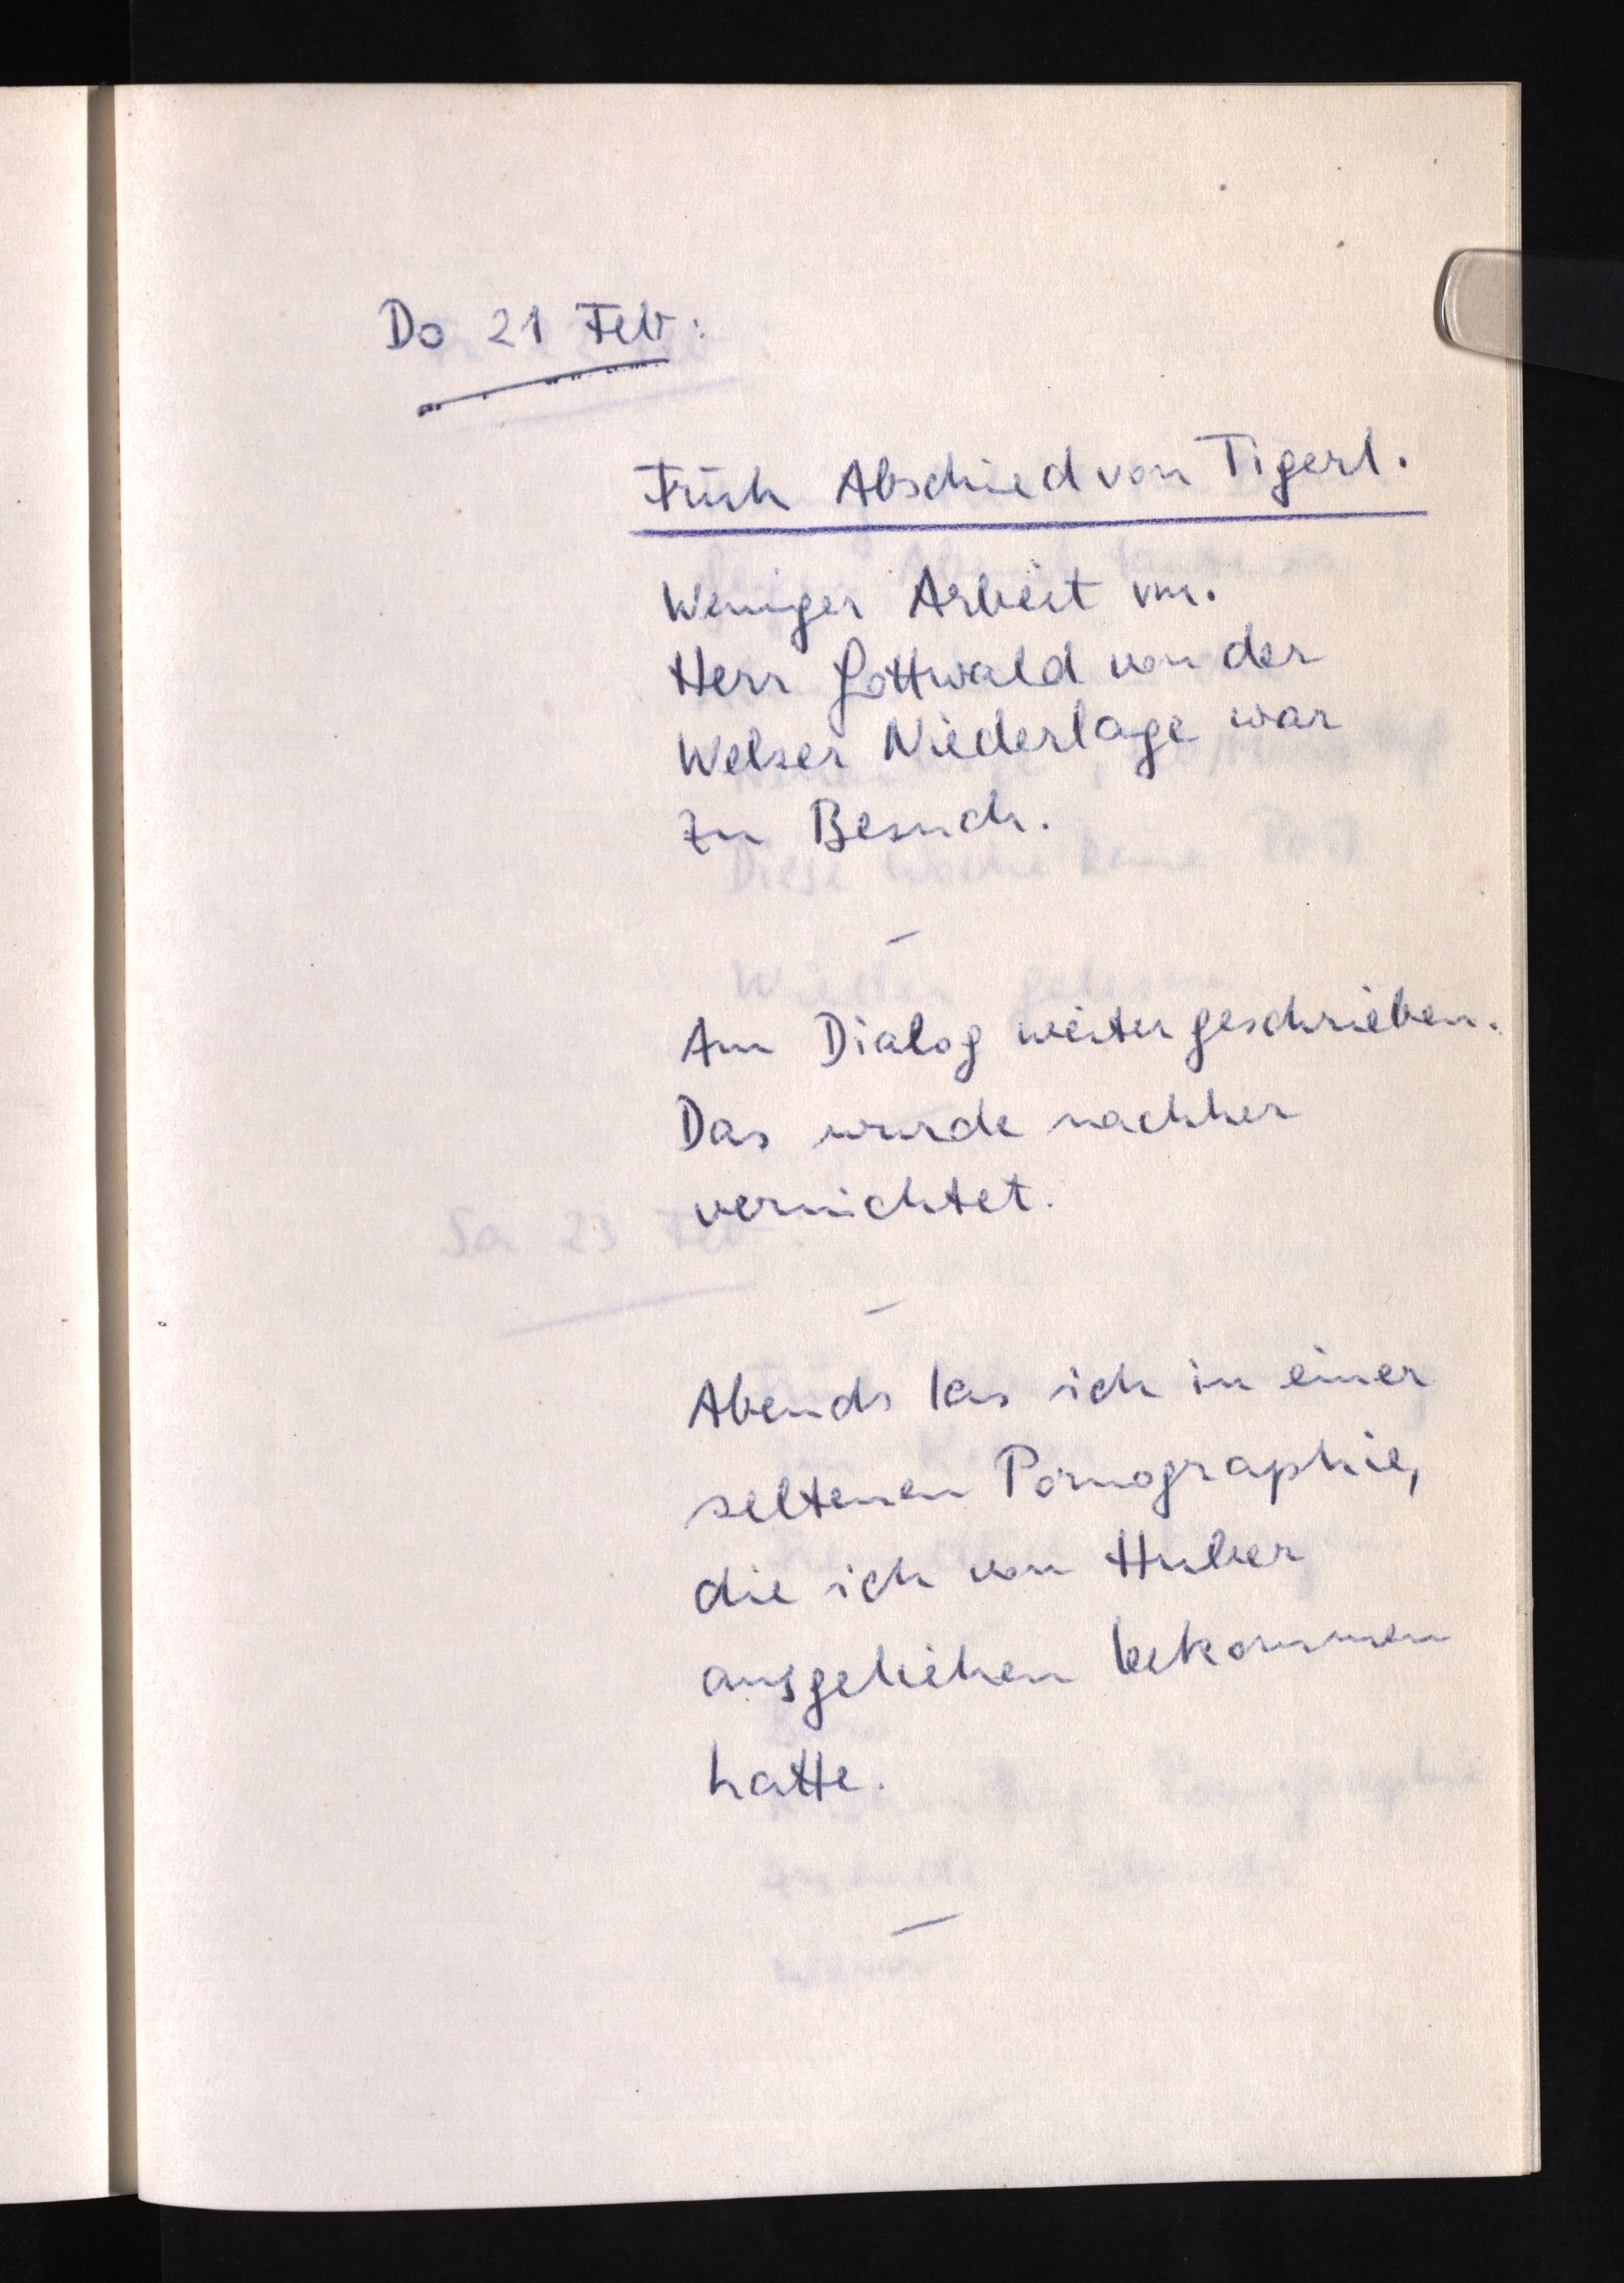
Do 21 Feb:
Früh Abschied von Tigerl.
Weniger Arbeit vm.
Herr Gottwald von der
Welser Niederlage war
zu Besuch.
Am Dialog weitergeschrieben.
Das wurde nachher
vernichtet.
Abends las ich in einer
seltenen Pornographie,
die ich von Huber
ausgeliehen bekommen
hatte.